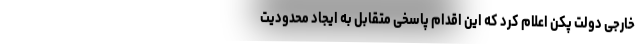
خارجی دولت پکن اعلام کرد که این اقدام پاسخی متقابل به ایجاد محدودیت